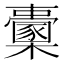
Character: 𣠔